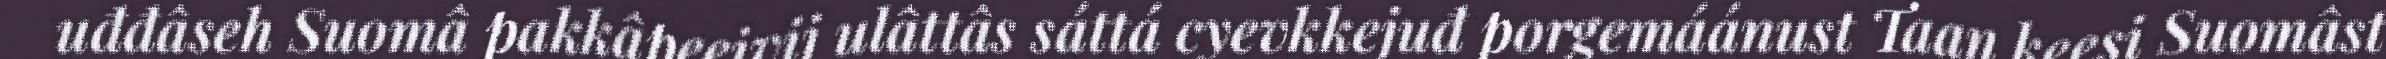
uđđâseh Suomâ pakkâpeeivij ulâttâs sáttá cyevkkejuđ porgemáánust Taan keesi Suomâst